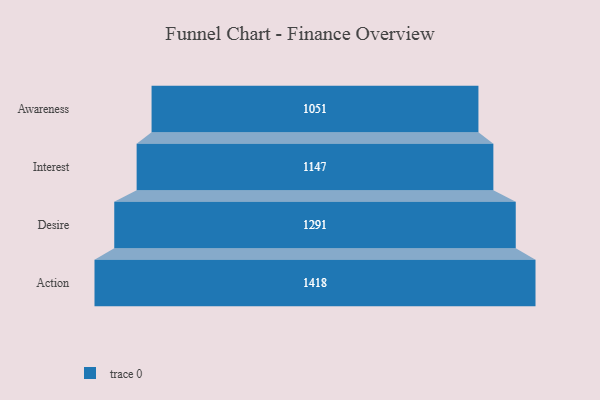
{"axis": {"x": "Stage", "y": "Value"}, "legend": [""], "data": [{"x": "Awareness", "y": 1051.0, "type": ""}, {"x": "Interest", "y": 1147.0, "type": ""}, {"x": "Desire", "y": 1291.0, "type": ""}, {"x": "Action", "y": 1418.0, "type": ""}]}